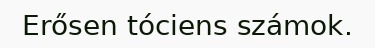
Erősen tóciens számok.